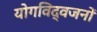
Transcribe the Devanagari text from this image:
योगविद्वजनों